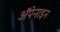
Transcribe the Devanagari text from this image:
ॲपेनाइन